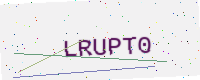
Text: LRUPT0